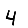
Digit: 4